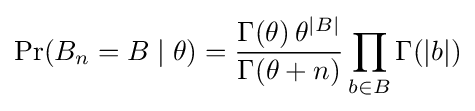
\Pr(B_{n}=B\mid \theta )={\frac {\Gamma (\theta )\,\theta ^{|B|}}{\Gamma (\theta +n)}}\prod _{b\in B}\Gamma (|b|)